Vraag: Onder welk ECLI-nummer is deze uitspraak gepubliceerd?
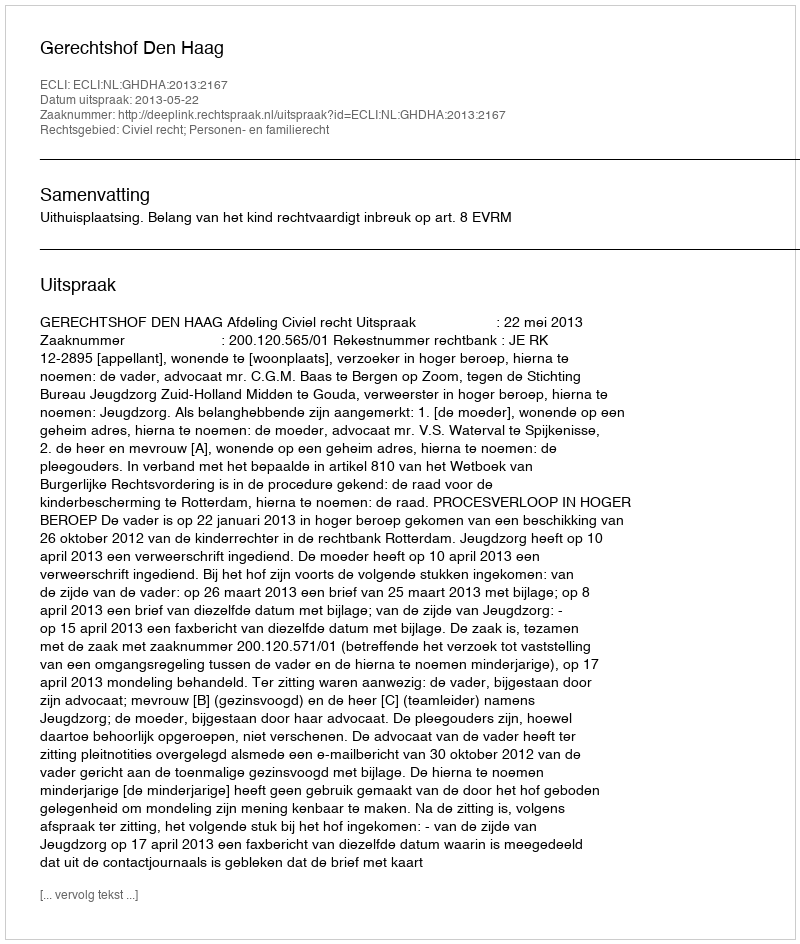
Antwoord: ECLI:NL:GHDHA:2013:2167